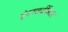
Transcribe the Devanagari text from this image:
इंटरवर्टीब्रल